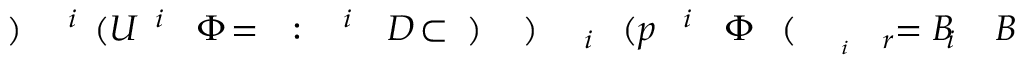
B \! \! \! \! \! \! \! \! \! \! \! \! _ { i } \! \! \! \! \! \! \! \! \! \! \! \! = B \! \! \! \! \! \! \! \! \! \! \! \! _ { r \! \! \! \! \! \! \! \! \! \! \! \! _ { i } } \! \! \! \! \! \! \! \! \! \! \! \! ( \! \! \! \! \! \! \! \! \! \! \! \! \Phi \! \! \! \! \! \! \! \! \! \! \! \! ^ { i } \! \! \! \! \! \! \! \! \! \! \! \! ( p \! \! \! \! \! \! \! \! \! \! \! \! _ { i } \! \! \! \! \! \! \! \! \! \! \! \! ) \! \! \! \! \! \! \! \! \! \! \! \! ) \! \! \! \! \! \! \! \! \! \! \! \! \subset \! \! \! \! \! \! \! \! \! \! \! \! D \! \! \! \! \! \! \! \! \! \! \! \! ^ { i } \! \! \! \! \! \! \! \! \! \! \! \! : \! \! \! \! \! \! \! \! \! \! \! \! = \! \! \! \! \! \! \! \! \! \! \! \! \Phi \! \! \! \! \! \! \! \! \! \! \! \! ^ { i } \! \! \! \! \! \! \! \! \! \! \! \! ( U \! \! \! \! \! \! \! \! \! \! \! \! ^ { i } \! \! \! \! \! \! \! \! \! \! \! \! ) \! \! \! \! \! \! \! \! \! \! \!